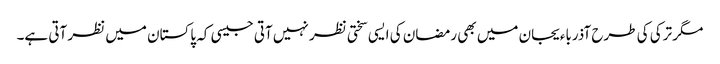
مگر ترکی کی طرح آذرباءیجان میں بھی رمضان کی ایسی سختی نظر نہیں آتی جیسی کہ پاکستان میں نظر آتی ہے۔